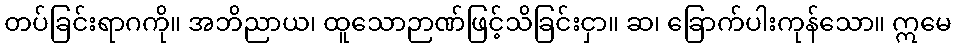
တပ်ခြင်းရာဂကို။ အဘိညာယ၊ ထူသောဉာဏ်ဖြင့်သိခြင်းငှာ။ ဆ၊ ခြောက်ပါးကုန်သော။ ဣမေ